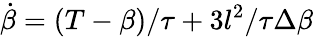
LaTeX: \dot{\beta}=(T-\beta)/\tau+3l^{2}/\tau\Delta\beta